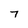
Character: 7